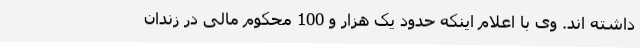
داشته اند. وی با اعلام اینکه حدود یک هزار و 100 محکوم مالی در زندان